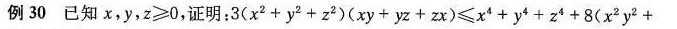
例30 已知$$x ， y ， z ≥ 0$$，证明：$$3 ( x ^ { 2 } + y ^ { 2 } + z ^ { 2 } ) ( x y + y z + z x ) ≤ x ^ { 4 } + y ^ { 4 } + z ^ { 4 } + 8 ( x ^ { 2 } y ^ { 2 } +